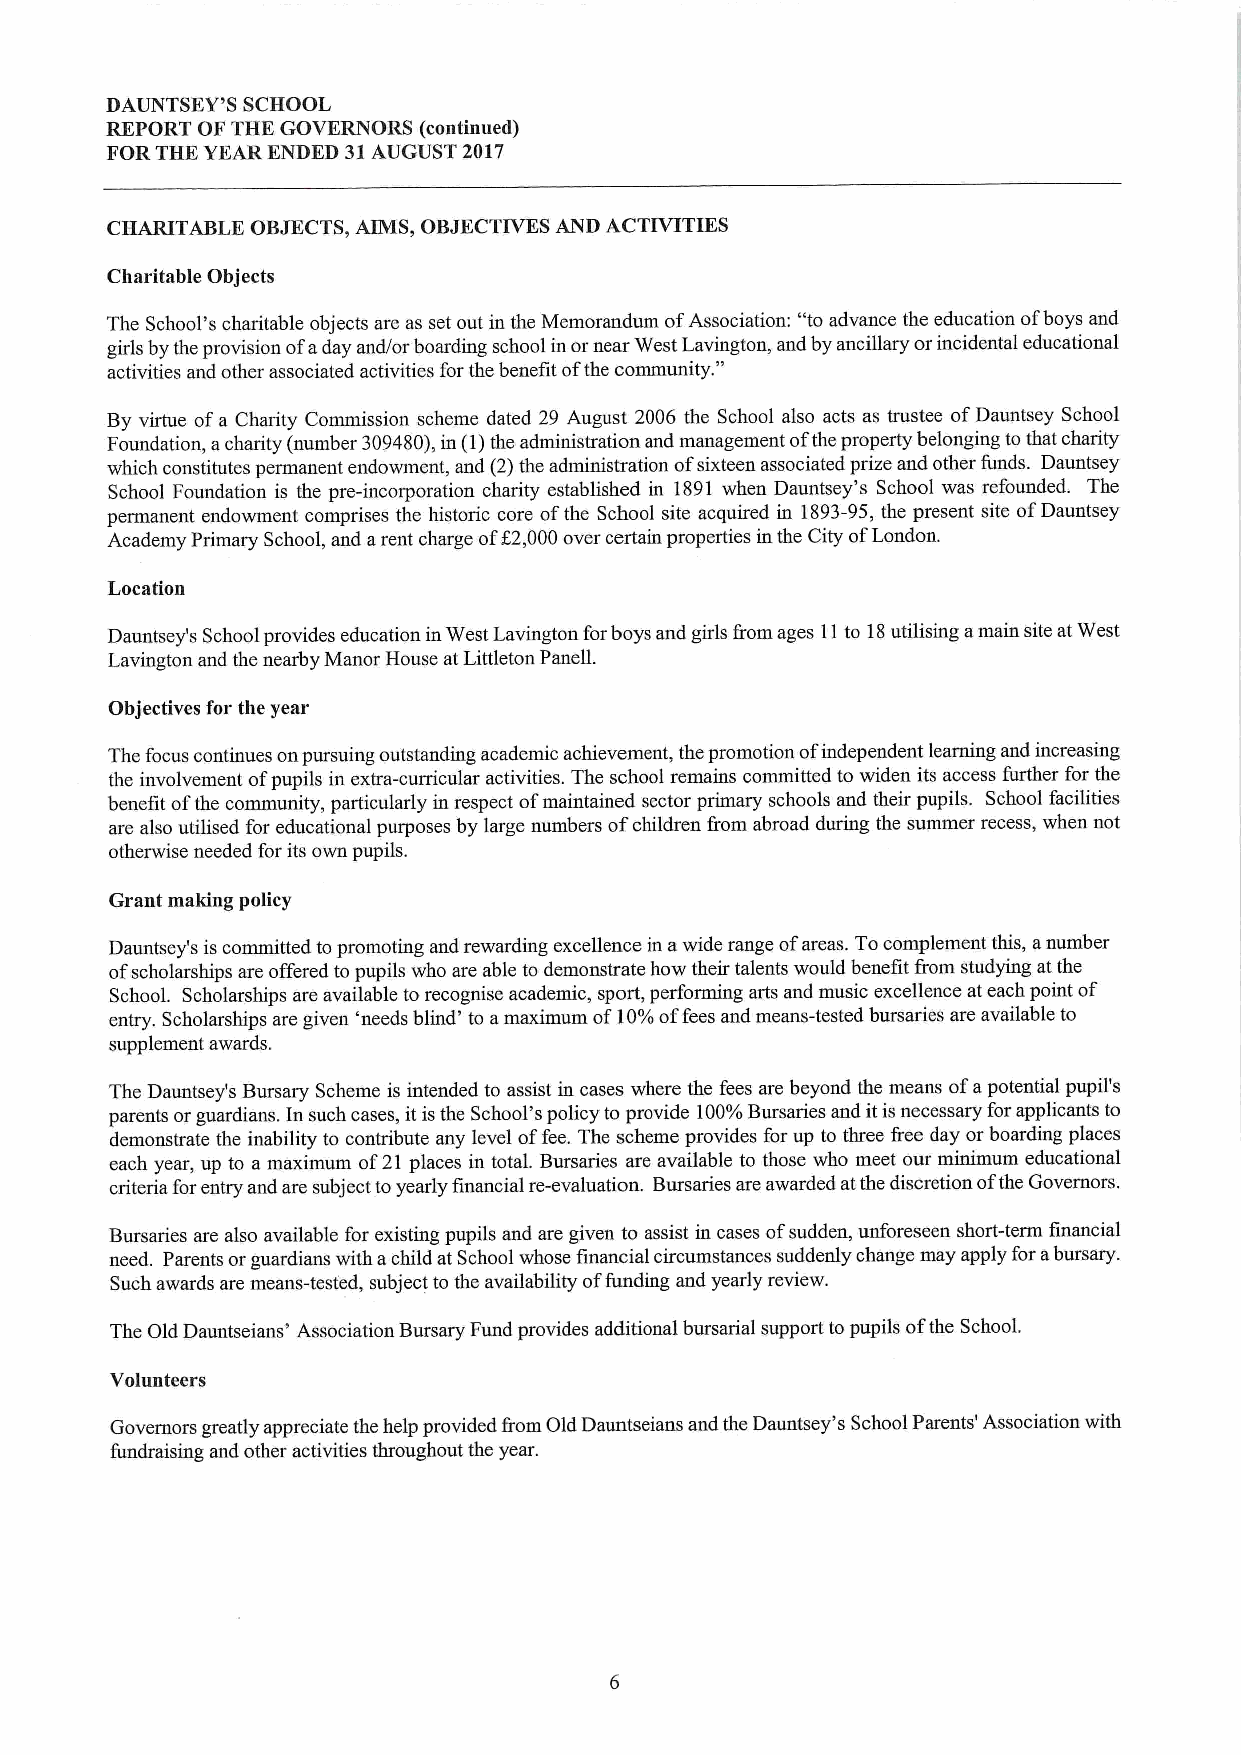
DAUNTSEY'S SCHOOL
 REPORT OF THK GOVERNORS (continued)
 FOR THE YEARENDED 31AUGUST 2017
 CHARITABLE OBJECTS,AIMS, OBJECTIVES AND ACTIVITIES
 Charitable Objects
 The School's charitable objects are as set out in the Memorandum ofAssociation: "toadvance the education ofboys and
 girls by the provision ofaday and/or boarding school in ornear West Lavin"gton, and by ancillary orincidental educational
 activities and other associated activities for the benefit ofthe community.
 By virtue ofa Charity Commission scheme dated 29 August 2006 the School also acts as trustee ofDauntsey School
 Foundation, acharity (number 309480),in (1)the administration and management ofthe property belonging tothat charity
 which constitutes permanent endowment, and (2)the administration ofsixteen associated prize and other funds. Dauntsey
 School Foundation is the pre-incorporation charity established in 1891when Dauntsey's School was refounded. The
 permanent endowment comprises the historic core ofthe School site acquired in 1893-95,the present site ofDauntsey
 Academy Primary School, and arent charge off 2,000over certain properties in the City ofLondon.
 Location
 Dauntsey's School provides education inWest Lavington forboys and girls &om ages 11to 18utilising amain site atWest
 Lavington and the nearby Manor House at Littleton PanelL
 Objectives for the year
 The focus continues onpursuing outstanding academic achievement, the promotion ofindependent learning and increasing
 the involvement ofpupils in extra-curricular activities. The school remains committed to widen its access further for the
 benefit ofthe community, particularly in respect ofmaintained sector primary schools and their pupils. School facilities
 are also utilised for educational purposes by large numbers ofchildren from abroad during the summer recess, when not
 otherwise needed for its own pupils.
 Grant making policy
 Dauntsey's is committed topromoting and rewarding excellence in awide range ofareas. Tocomplement this, anumber
 ofscholarships are offered topupils who are able to demonstrate how their talents would benefit from studying at the
 School. Scholarships are available to recognise academic, sport, performing arts and music excellence at each point of
 entry. Scholarships are given 'needs blind' to amaximum of10%offees and means-tested bursaries are available to
 supplement awards.
 The Dauntsey's Bursary Scheme is intended to assist in cases where the fees are beyond the means ofapotential pupil's
 parents orguardians. In such cases, it isthe School's policy to provide 100%Bursaries and itisnecessary for applicants to
 demonstrate the inability to contribute any level offee. The scheme provides for up to three Beeday or boarding places
 each year, up to a maximum of21 places in total. Bursaries are available to those who meet our minimum educational
 criteria forentry and are subject toyearly financial re-evaluation. Bursaries are awarded atthe discretion ofthe Governors.
 Bursaries are also available for existing pupils and are given to assist in cases ofsudden, unforeseen short-term financial
 need. Parents orguardians with achild at School whose financial circumstances suddenly change may apply for abursary.
 Such awards are means-tested, subject to the availability offunding and yearly review.
 The Old Dauntseians' Association Bursary Fund provides additional bursarial support to pupils ofthe School.
 Volunteers
 Governors greatly appreciate the help provided from Old Dauntseians and the Dauntsey's School Parents' Association with
 fundraising and other activities throughout the year.